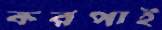
করপাই